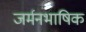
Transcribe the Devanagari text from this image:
जर्मनभाषिक